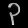
Digit: ၃